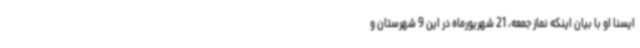
ایسنا او با بیان اینکه نماز جمعه، 21 شهریورماه در این 9 شهرستان و